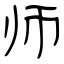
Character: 师